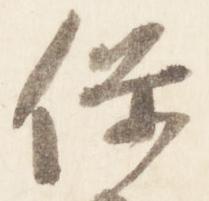
保